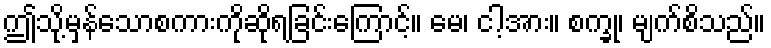
ဤသို့မှန်သောစကားကိုဆိုရခြင်းကြောင့်။ မေ၊ ငါ့အား။ စက္ခု၊ မျက်စိသည်။